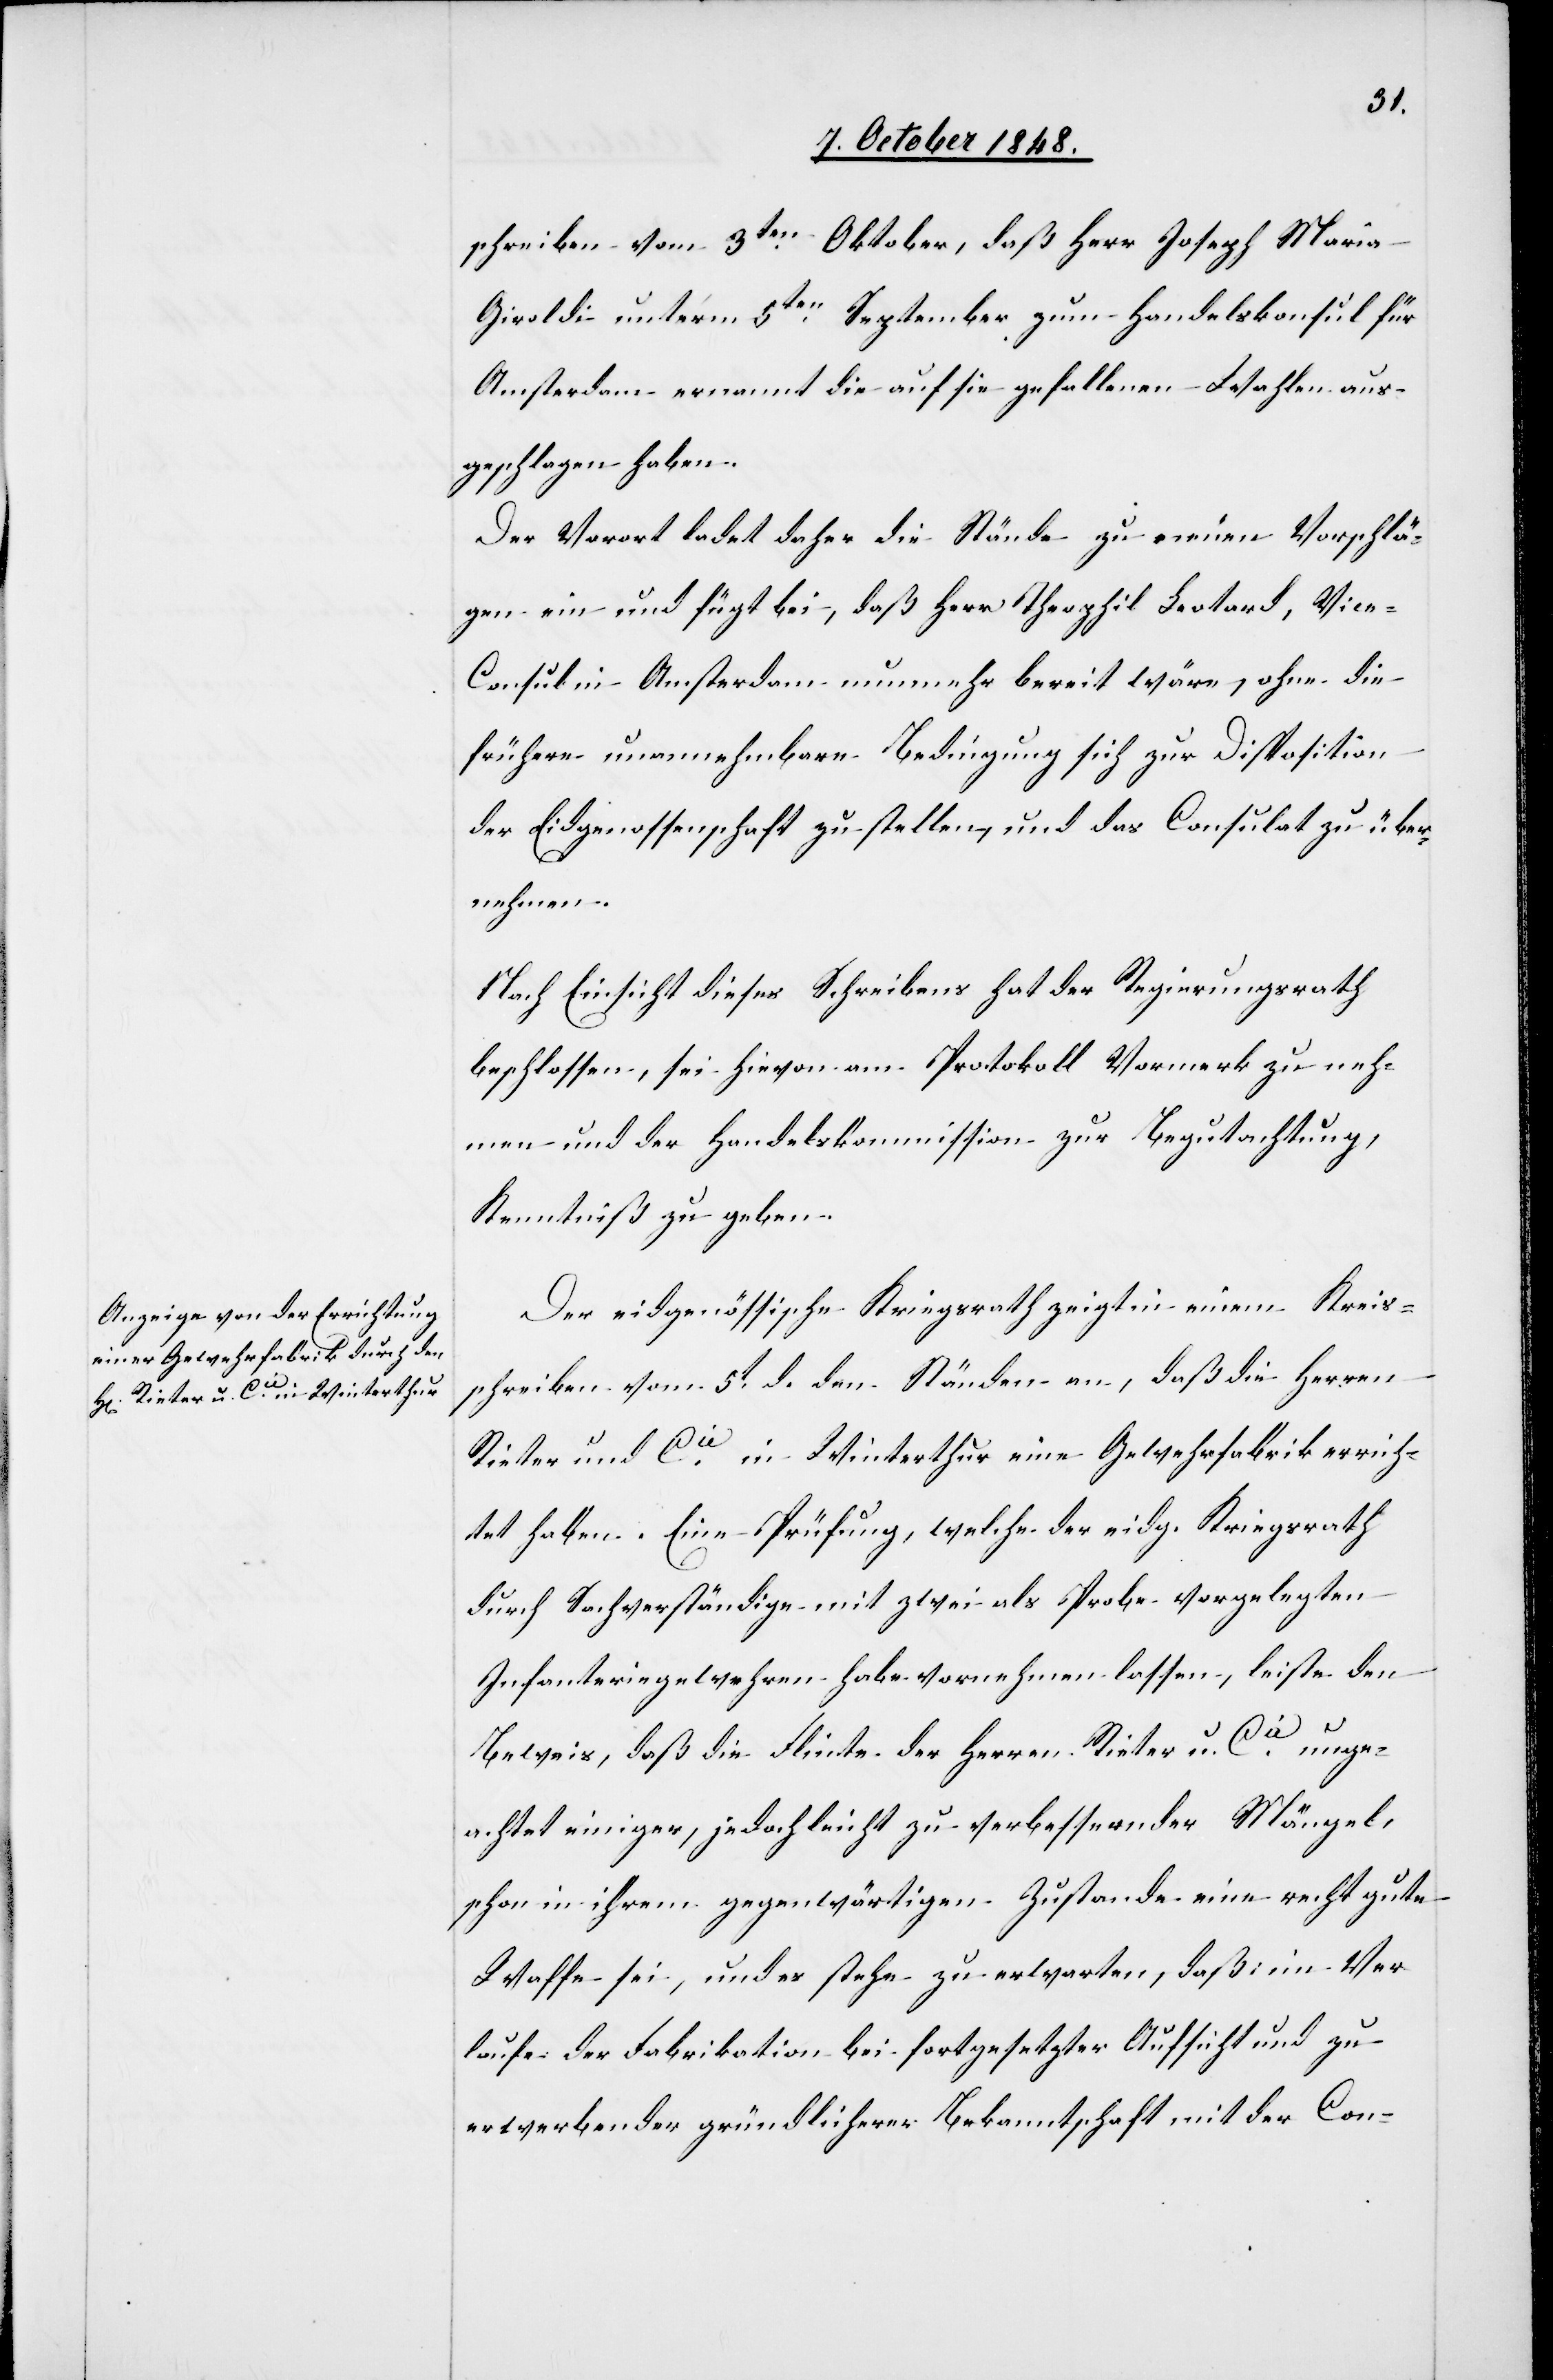
schreiben vom 3ten Oktober, daß Herr Joseph Maria
Giroldi unter’m 5ten September zum Handelskonsul für
Amsterdam ernannt die auf sie gefallenen Wahlen aus¬
geschlagen haben.
Der Vorort ladet daher die Stände zu neuen Vorschlä¬
gen ein und fügt bei, daß Herr Theophil Leotard, Vic¬
e-Consul in Amsterdam nunmehr bereit wäre, ohne die
frühere unannehmbare Bedingung sich zur Disposition
der Eidgenossenschaft zu stellen, und das Consulat zu über¬
nehmen.
Nach Einsicht dieses Schreibens hat der Regierungsrath
beschlossen, sei hievon am Protokoll Vormerk zu neh¬
men und der Handelskommission zur Begutachtung,
Kenntniß zu geben.
Der eidgenössische Kriegsrath zeigt in einem Kreis¬
schreiben vom 5t d. den Ständen an, daß die Herren
Rieter und Cie in Winterthur eine Gewehrfabrik errich¬
tet haben. Eine Prüfung, welche der eidg. Kriegsrath
durch Sachverständige mit zwei als Probe vorgelegten
Infanteriegewehren habe vornehmen lassen, leiste den
Beweis, daß die Flinte der Herren Rieter u. Cie unge¬
achtet einiger, jedoch leicht zu verbessernder Mängel,
schon in ihrem gegenwärtigen Zustande eine recht gute
Waffe sei, und es stehe zu erwarten, daß im Ver¬
laufe der Fabrikation bei fortgesetzter Aufsicht und zu
erwerbender gründlicherer Bekanntschaft mit der Con-